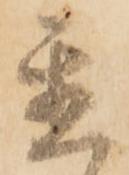
置